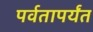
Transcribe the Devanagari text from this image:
पर्वतापर्यंत